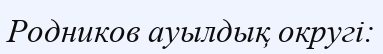
Родников ауылдық округі: